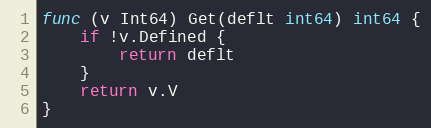
Language: Go
func (v Int64) Get(deflt int64) int64 {
	if !v.Defined {
		return deflt
	}
	return v.V
}